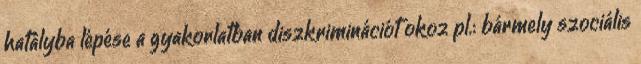
hatályba lépése a gyakorlatban diszkriminációt okoz pl.: bármely szociális